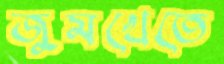
জুমখেতে